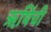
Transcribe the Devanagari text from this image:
ऋषिंची